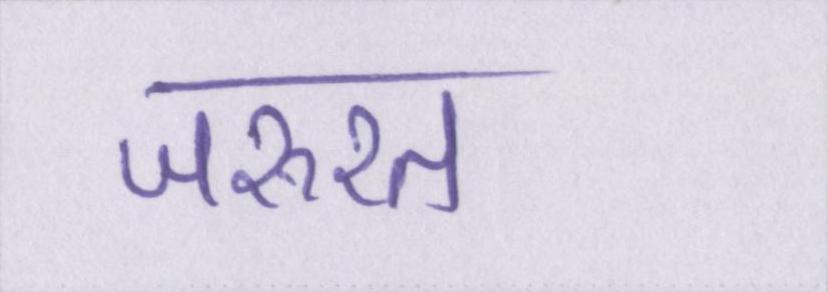
जरूरत